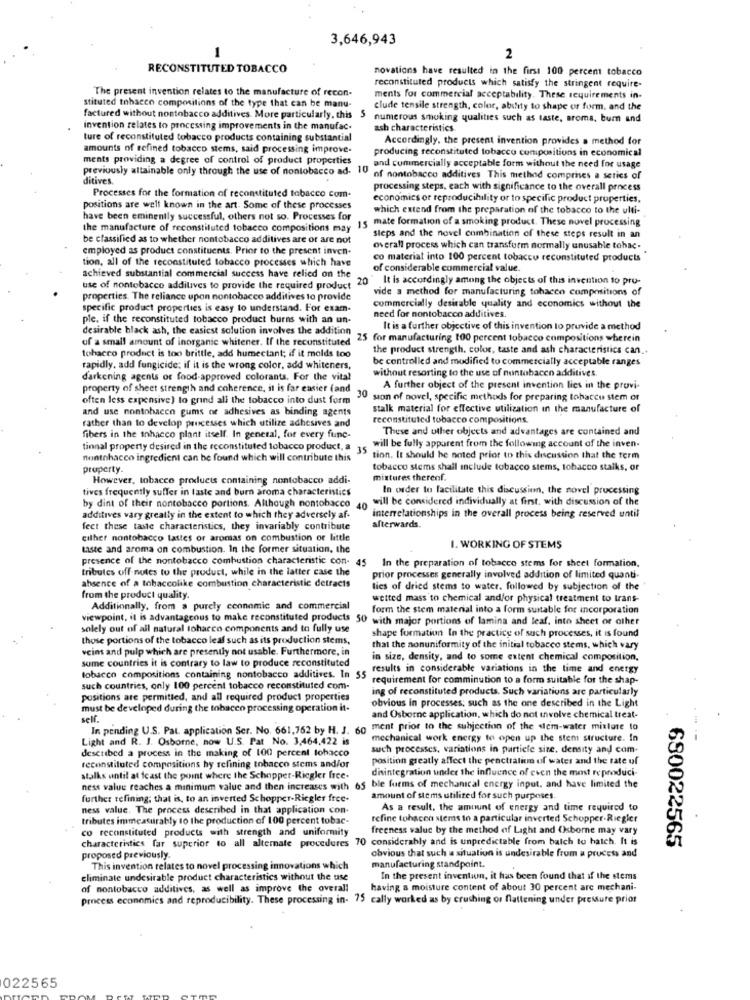
3,646,943
-
2
RECONSTITUTED TOBACCO
novations have resulted in the first 100 percent tobacco
The present invention relates to the manufacture of recon-
reconstituted products which satisfy the stringent require-
ments for commercial acceptability. These requirements in-
stituted tobacco compositions of the type that can be manu-
clude tensile strength, color, ability to shape of form, and the
factured without nontobacco additives. More particularly, this
numerous smoking qualities such as taste, aroma, bum and
invention relates to processing improvements in the manufac.
ash characteristics
ture of reconstituted tobacco products containing substantial
Accordingly, the present invention provides a method for
amounts of refined tobacco stems, said processing improve-
producing reconstituted tobacco compositions in economical
ments providing a degree of control of product properties
previously attainable only through the use of nontobacco ad. 10
and commercially acceptable form without the need for usage
ditives.
of nontobacco additives This method comprises a series of
Processes for the formation of reconstituted tobacco com-
processing steps, each with significance to the overall process
economics or reproducibility or to specific product properties,
positions are well known in the art. Some of these processes
which extend from the preparation of the tobacco to the ulti-
have been eminently successful, others not so. Processes for
15 mate formation of a smoking product. These novel processing
the manufacture of reconstituted tobacco compositions may
be classified as to whether nontobacco additives are or are not
steps and the novel combination of these steps result in an
employed as product constituents. Prior to the present inven-
overall process which can transform normally unusable tohac.
tion, all of the reconstituted tobacco processes which have
co material into 100 percent tobacco reconstituted products
of considerable commercial value.
achieved substantial commercial success have relied on the
.. 20
It is accordingly among the objects of this invention to pro-
use of nontobacco additives to provide the required product
vide a method for manufacturing tobacco compositions of
properties. The reliance upon nontobacco additives to provide
specific product properties is easy to understand. For exam-
commercially desirable quality and economics without the
ple. if the reconstituted tobacco product burns with an un-
need for nontobacco additives.
desirable black ash, the easiest solution involves the addition
It is a further objective of this invention to provide a method
of a small amount of inorganic whitener. If the reconstituted
25 for manufacturing 100 percent tobacco compositions wherein
the product strength, color, taste and ash characteristics can ..
tobacco product is too brittle, add humectant; if it molds too
be controlled and modified to commercially acceptable ranges
rapidly, add fungicide: if it is the wrong color, add whiteners,
without resorting to the use of nuntobacen additives.
darkening agents of food-approved colorants. For the vital
property of sheet strength and coherence, it is far easier (and
A further object of the present invention lies in the provi-
often less expensive) to grind all the tobacco into dust form
30 sion of novel, specific methods for preparing tobacco stem of
and use nontobacco gums of adhesives as binding agents
stalk material for effective utilization in the manufacture of
rather than to develop processes which utilize adhesives and
reconstituted tobacco compositions
These and other objects and advantages are contained and
fibers in the inhacco plant itself. In general, for every func-
tinnal property desired in the reconstituted tobacco product, a
35
will be fully apparent from the following account of the inven-
nontnhacco ingredient can be found which will contribute this
tion. It should be noted prior to this discussion that the term
property.
tobacco stems shall include tobacco stems, tobacco stalks, or
However, tobacco products containing nontobacco addi-
mixtures thereof.
tives frequently suffer in taste and burn aroma characteristics
In order to facilitate this discussion, the novel processing
will be considered individually at first, with discussion of the
by dint of their nontobacco portions. Although nontobacco 40
additives vary greatly in the extent to which they adversely af-
interrelationships in the overall process being reserved until
fect these taste characteristics, they invariably contribute
afterwards.
cilher nontobacco lattes or aromas on combustion of little
taste and aroma on combustion. In the former situation, the
I. WORKING OF STEMS
presence of the nontobacco combustion characteristic con- 45
tributes off notes to the product, while in the latter case the
In the preparation of tobacco stems for sheet formation.
absence of a tobaccolike combustion characteristic detracts
prior processes generally involved addition of limited quanti-
ties of dried stems to water. followed by subjection of the
from the product quality.
wetted mass to chemical and/or physical treatment to trans-
Additionally, from a purely connomic and commercial
form the stem material into a form suitable for incorporation
viewpoint, it is advantageous to make reconstituted products 50 with major portions of lamina and leaf, into sheet or other
solely out of all natural tobacco components and to fully use
shape formation In the practice of such processes, it is found
those portions of the tobacco leaf such as its production stems,
veins and pulp which are presently not usable. Furthermore, in
that the nonuniformity of the initial tobacco stems, which vary
in size, density, and to some extent chemical composition,
some countries it is contrary to law to produce reconstituted
results in considerable variations in the time and energy
tobacco compositions containing nontobacco additives. In 55
requirement for comminution to a form suitable for the shap-
such countries, only 100 percent tobacco reconstituted com-
ing of reconstituted products. Such variations are particularly
positions are permitted, and all required product properties
obvious in processes; such as the one described in the Light
must be developed during the tobacco processing operation it-
self.
and Osborne application, which do not involve chemical treat-
In pending U.S. Pat. application Ser. No. 661,762 by H. J. 60
ment prior to the subjection of the Mem-water mixture to
Light and R. J. Osborne, now U.S. Pat No. 3,464,422 is
mechanical work energy to open up the stem structure. In
described a process in the making of 100 percent tobacco
such processes, variations in partiele size, density and com-
reconstituted compositions hy refining tobacco stems and/or
position greatly affect the penctralit of water and the fate of
disintegration under the influence of even the most reproduci-
stalks until at feast the point where the Schopper-Riegler free-
ness value reaches a minimum value and then increases with 65 ble fuems of mechanical energy input, and have limited the
further refining; that is, to an inverted Schopper-Riegler free-
amount of stems utilited for such purposes.
ness value. The process described in that application con-
As a result, the amount of energy and time required to
tributes immeasurably to the production of 100 percent tobac-
refine tohacen sters to a particular inverted Schopper-Riegler
co reconstituted products with strength and uniformity
freeness value by the method of Light and Osborne may vary
characteristics far superior to all alternate procedures 70 considerably and is unpredictable from balch to hatch. It is
680022565
proposed previously.
obvious that such a situation is undesirable from a process and
This invention relates to novel processing innovations which
manufacturing standpoint.
eliminate undesirable product characteristics without the use
In the present invention, it has been found that if the stems
of nontobacco additives, as well as improve the overall
having a moisture content of about 30 percent arc mechani-
process economics and reproducibility. These processing in. 75 cally worked as by crushing or fattening under pressure prior
022565